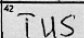
Transcription: TUS